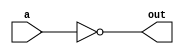
`timescale 1ns/1ps

module Not_1bit_in_nand (out, a);
input a;
output out;

nand nand0 (out, a, a);

endmodule